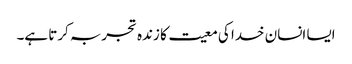
ایسا انسان خدا کی معیت کا زندہ تجربہ کرتا ہے۔